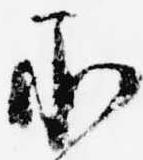
承